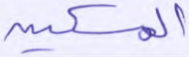
المسكين